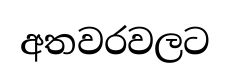
අතවරවලට